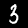
Digit: 3